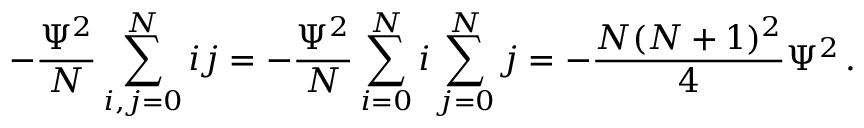
- { \frac { \Psi ^ { 2 } } { N } } \sum _ { i , j = 0 } ^ { N } i j = - { \frac { \Psi ^ { 2 } } { N } } \sum _ { i = 0 } ^ { N } i \sum _ { j = 0 } ^ { N } j = - { \frac { N ( N + 1 ) ^ { 2 } } { 4 } } \Psi ^ { 2 } \, .